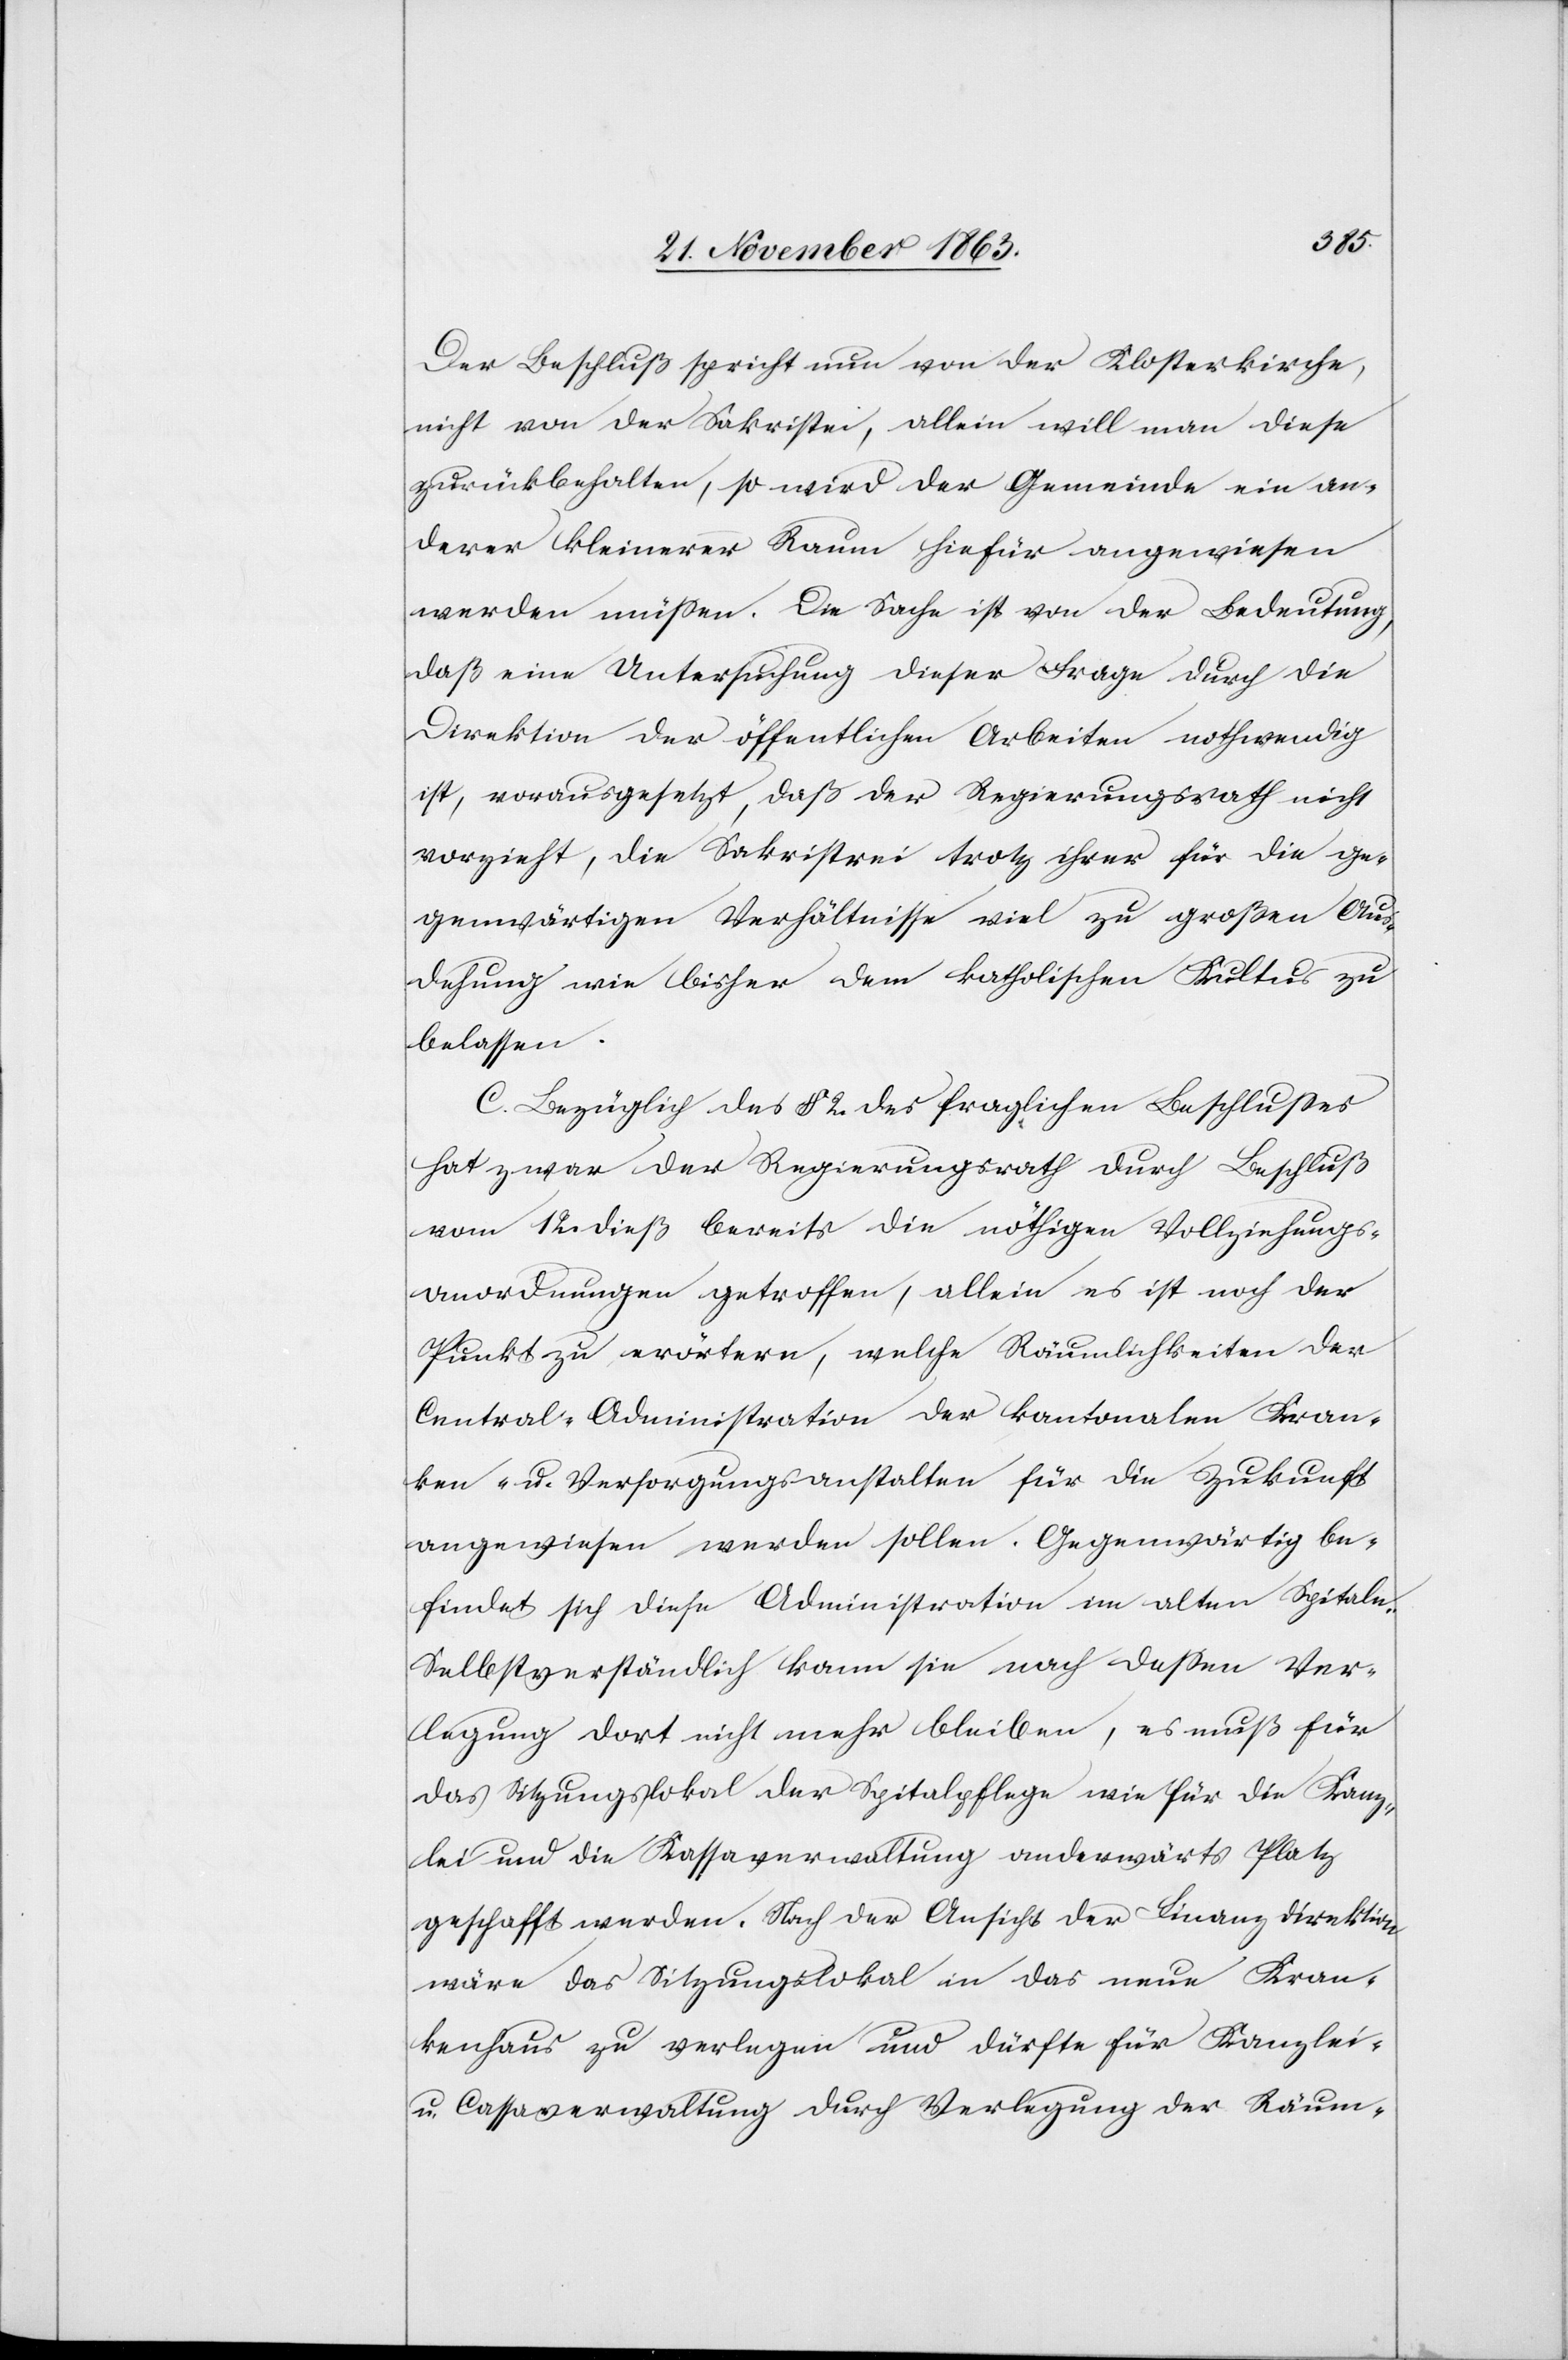
Der Beschluß spricht nun von der Klosterkirche,
nicht von der Sakristei, allein will man diese
zurückbehalten, so wird der Gemeinde ein an¬
derer kleinerer Raum hiefür angewiesen
werden müssen. Die Sache ist von der Bedeutung,
daß eine Untersuchung dieser Frage durch die
Direktion der öffentlichen Arbeiten nothwendig
ist, vorausgesetzt, daß der Regierungsrath nicht
vorzieht, die Sakristrei [sic!] trotz ihrer für die ge¬
genwärtigen Verhältnisse viel zu großen Aus¬
dehnung wie bisher dem katholischen Kultus zu
belassen.
C. Bezüglich das § 2. des fraglichen Beschlusses
hat zwar der Regierungsrath durch Beschluß
vom 12. dieß bereits die nöthigen Vollziehungs¬
anordnungen getroffen, allein es ist noch der
Punkt zu erörtern, welche Räumlichkeiten der
Central-Administration der kantonalen Kran¬
ken- u. Versorgungsanstalten für die Zukunft
angewiesen werden sollen. Gegenwärtig be¬
findet sich diese Administration im alten Spitale.
Selbstverständlich kann sie nach dessen Ver¬
legung dort nicht mehr bleiben, es muß für
das Sitzungslokal der Spitalpflege wie für die Kanz¬
lei und die Kassaverwaltung anderwärts Platz
geschafft werden. Nach der Ansicht der Finanzdirektion
wäre das Sitzungslokal in das neue Kran¬
kenhaus zu verlegen und dürfte für Kanzlei-
u. Cassaverwaltung durch Verlegung der Räum-